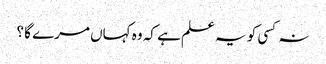
نہ کسی کو یہ علم ہے کہ وہ کہاں مرے گا ؟